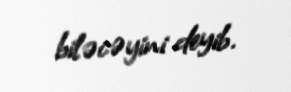
biləcəyini deyib.